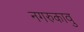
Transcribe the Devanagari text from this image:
नगरुकावु